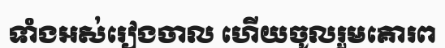
ទាំងអស់រៀងចាល ហើយចូលរួមគោរព